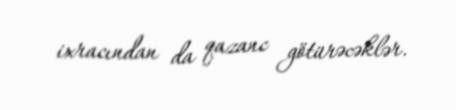
ixracından da qazanc götürəcəklər.